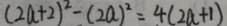
( 2 a + 2 ) ^ { 2 } - ( 2 a ) ^ { 2 } = 4 ( 2 a + 1 )